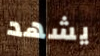
يشهد